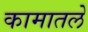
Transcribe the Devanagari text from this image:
कामातले